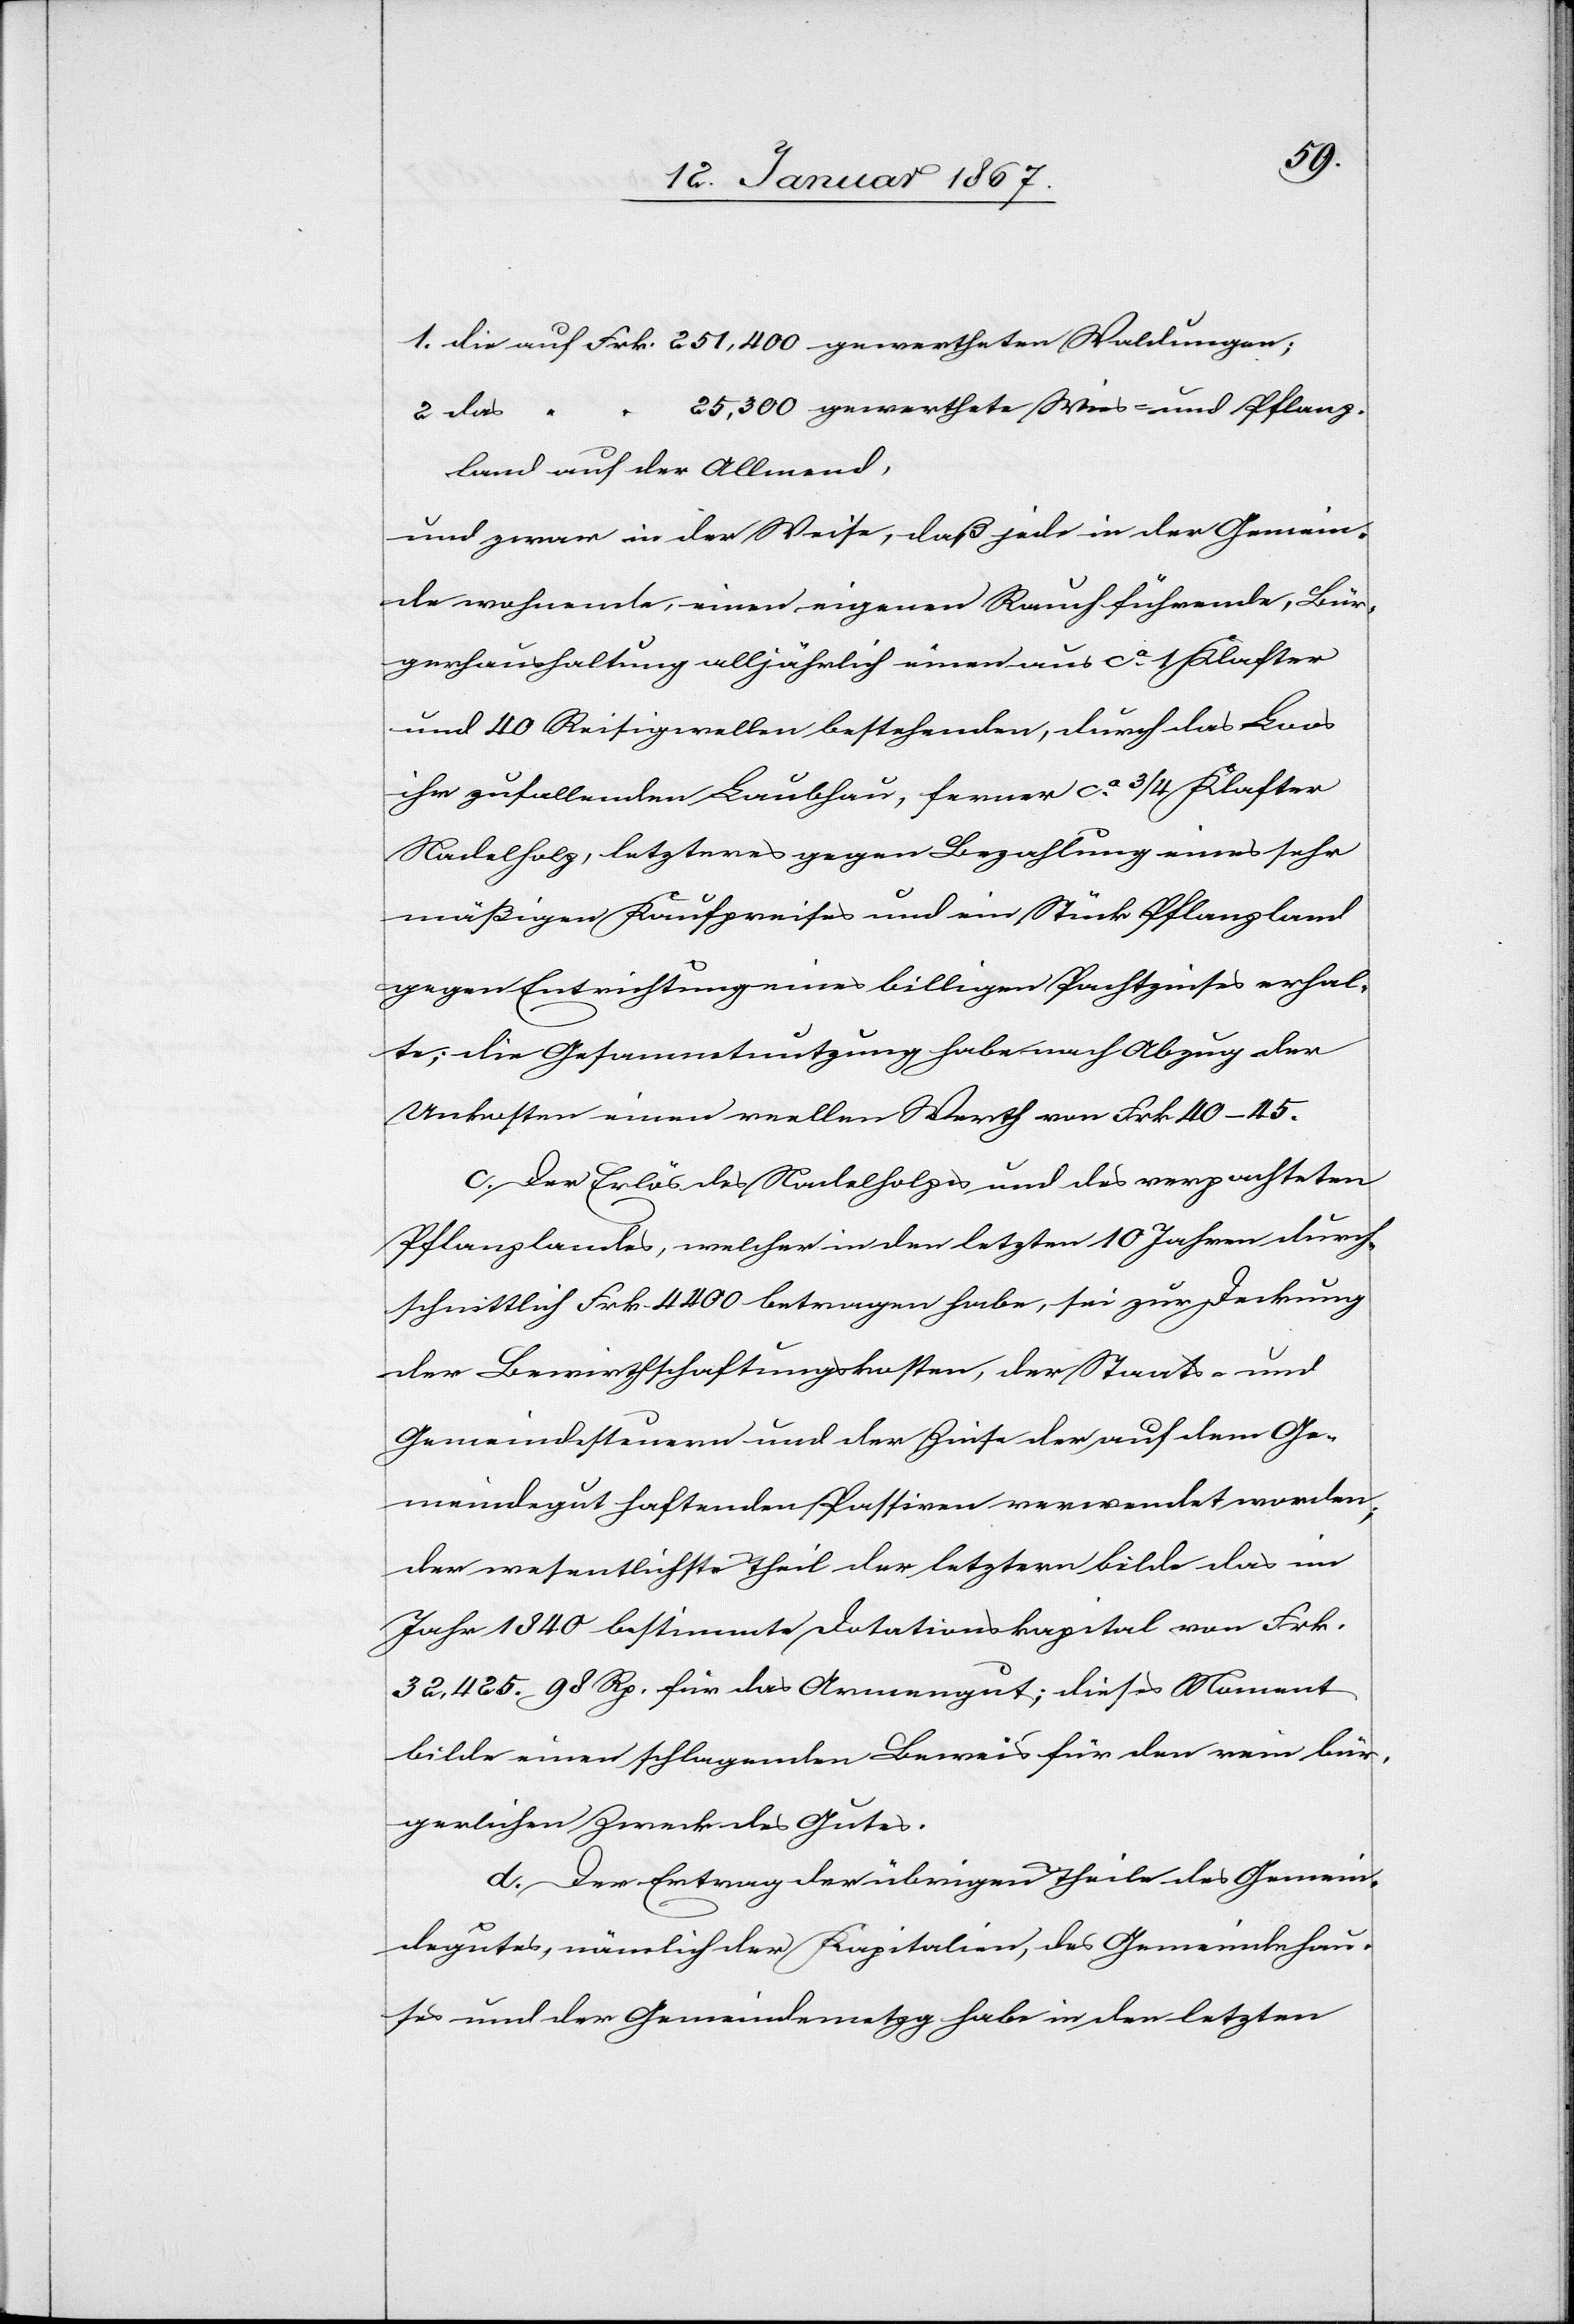
1. die auf Frk. 251,400 gewertheten Waldungen;
2. das " " 25,300 gewerthete Wies- und Pflanz¬
land auf der Allmend,
und zwar in der Weise, daß jede in der Gemein¬
de wohnende, einen eigenen Rauch führende, Bür¬
gerhaushaltung alljährlich einen aus ca 1 Klafter
und 40 Reisigwellen bestehenden, durch das Los
ihm zufallenden Laubhau, ferner ca 3/4 Klafter
Nadelholz, letzteres gegen Bezahlung eines sehr
mäßigen Kaufpreises und ein Stück Pflanzland
gegen Entrichtung eines billigen Pachtzinses erhal¬
te; die Gesammtnutzung habe nach Abzug der
Unkosten einen reellen Werth von Frk 40–45.
c. Der Erlös des Nadelholzes und des verpachteten
Pflanzlandes, welcher in den letzten 10 Jahren durch¬
schnittlich Frk. 4400 betragen habe, sei zur Deckung
der Bewirthschaftungskosten, der Staats- und
Gemeindesteuern und der Zinse der auf dem Ge¬
meindegut haftenden Passiven verwendet worden;
der wesentlichste Theil der letztern bilde das im
Jahr 1840 bestimmte Dotationskapital von Frk.
32,425. 98 Rp. für das Armengut; dieses Moment
bilde einen schlagenden Beweis für den rein bür¬
gerlichen Zweck des Gutes.
d. Der Ertrag der übrigen Theile des Gemein¬
degutes, nämlich der Kapitalien, des Gemeindehau¬
ses und der Gemeindemetzg habe in den letzten